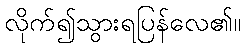
လိုက်၍သွားရပြန်လေ၏။